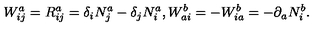
W _ { i j } ^ { a } = R _ { i j } ^ { a } = \delta _ { i } N _ { j } ^ { a } - \delta _ { j } N _ { i } ^ { a } , W _ { a i } ^ { b } = - W _ { i a } ^ { b } = - \partial _ { a } N _ { i } ^ { b } .